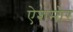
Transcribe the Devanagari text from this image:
ऐशमोर